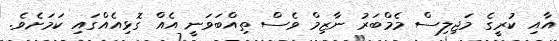
އާއި ކުރީގެ މަޖިލިސް މެމްބަރު ނާޒިމް ވެސް ތިއްބަވަނީ އެއް ގޮޅިއެއްގައި ކަމަށެވެ.